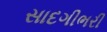
સાદગીભરી